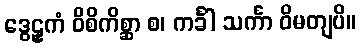
ဒွေဠှကံ ဝိစိကိစ္ဆာ စ၊ ကင်္ခါ သင်္ကာ ဝိမတျပိ။